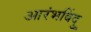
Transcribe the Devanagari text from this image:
आरंभबिंदु